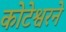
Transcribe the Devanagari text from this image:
कोटेश्वरने